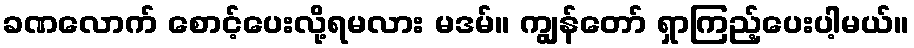
ခဏလောက် စောင့်ပေးလို့ရမလား မဒမ်။ ကျွန်တော် ရှာကြည့်ပေးပါ့မယ်။